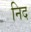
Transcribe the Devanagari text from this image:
निद